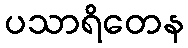
ပသာရိတေန